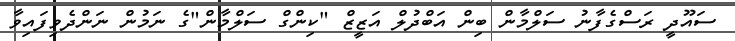
ސައޫދީ ރަސްގެފާނު ސަލްމާން ބިން އަބްދުލް އަޒީޒް "ކިންގް ސަލްމާން"ގެ ނަމުން ނަންދެވިފައިވާ